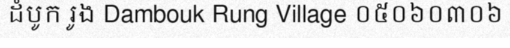
ដំបូក រូង Dambouk Rung Village ០៥០៦០៣០៦